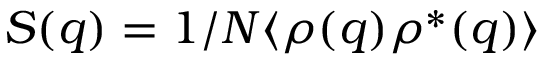
S ( q ) = 1 / N \langle \rho ( q ) \rho ^ { \ast } ( q ) \rangle